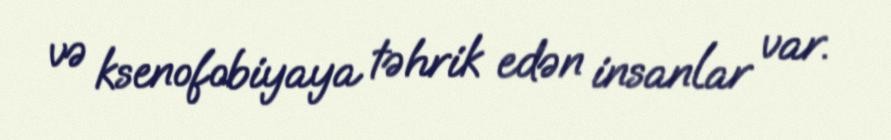
və ksenofobiyaya təhrik edən insanlar var.